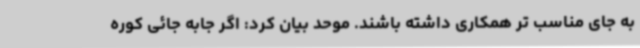
به جای مناسب تر همکاری داشته باشند. موحد بیان کرد: اگر جابه جائی کوره